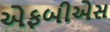
એફબીએસ